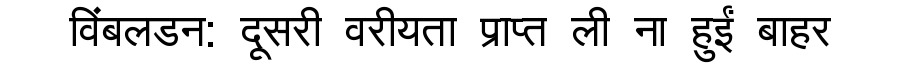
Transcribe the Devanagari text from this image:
विंबलडन: दूसरी वरीयता प्राप्त ली ना हुईं बाहर